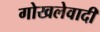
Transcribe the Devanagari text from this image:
गोखलेवादी